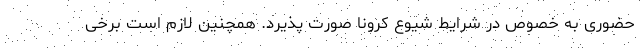
حضوری به خصوص در شرایط شیوع کرونا صورت پذیرد. همچنین لازم است برخی